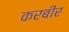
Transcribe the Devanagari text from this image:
करबीर